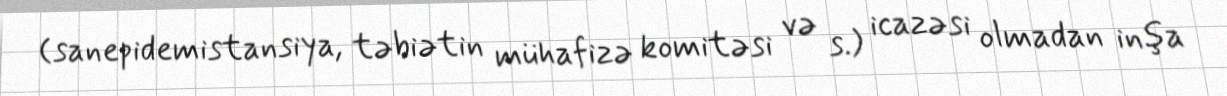
(sanepidemistansiya, təbiətin mühafizə komitəsi və s.) icazəsi olmadan inşa